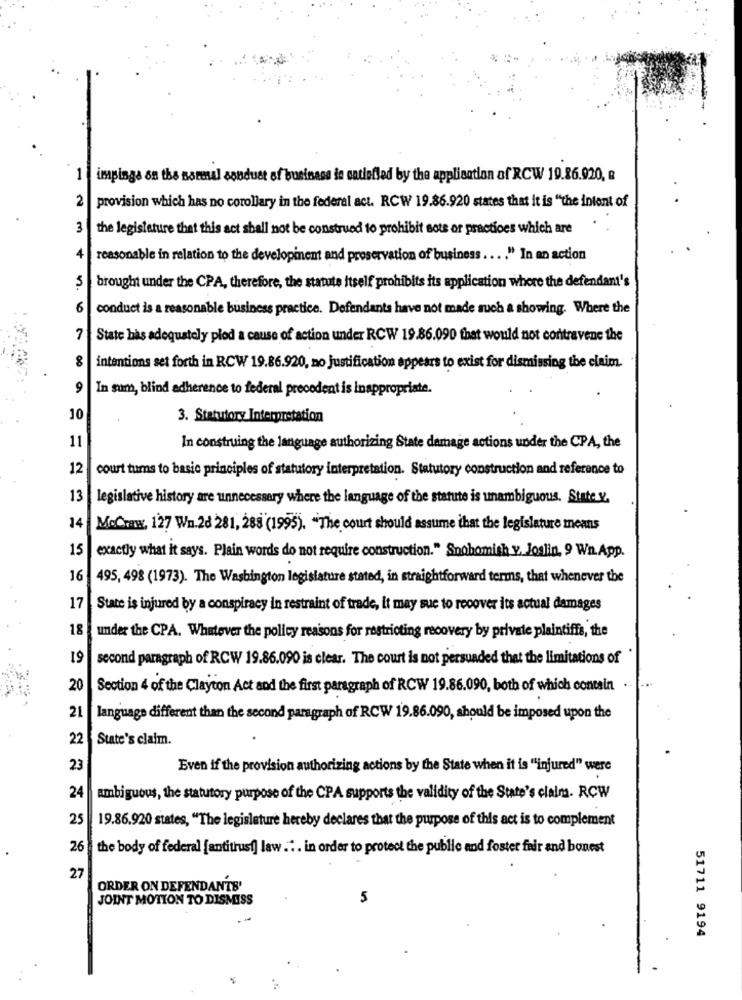
impings on the Boreal sonduet of business in satlefled by the application of RCW 19.26.920, &
2
provision which has no corollary in the federal act. RCW 19.86.920 states that it is "the intent of
3
the legislature that this act shall not be construed to prohibit sote or practices which are
reasonable in relation to the developinent and preservation of business .... " In an action
5
brought under the CPA, therefore, the statute itself prohibits its application where the defendant's
6
conduct is a reasonable business practice. Defendants have not made such a showing. Where the
7
State has adequately plod a cause of action under RCW 19.86.090 that would not contravene the
intentions set forth in RCW 19.86.920, no justification appears to exist for dismissing the claim.
9
In sum, blind adherence to federal precedent is inappropriate.
10
3. Statutory Interpretation
11
In construing the language authorizing State damage actions under the CPA, the
12
court tums to basic principles of statutory interpretation. Statutory construction and reference to
13
legislative history are unnecessary where the language of the statute is unambiguous. State v.
14
McCrew, 127 Wn.28 281, 288 (1995). "The court should assume that the legislature means
15
exactly what it says. Plain words do not require construction." Snohomish y. Joslin, 9 Wn.App.
16
495, 498 (1973). The Washington legislature stated, in straightforward terms, that whenever the
17
State is injured by a conspiracy in restraint of trade, it may sue to recover its actual damages
18
under the CPA. Whatever the policy reasons for restricting recovery by private plaintiffs, the
19
second paragraph of RCW 19.86.090 is clear. The court is not persuaded that the limitations of
20
Section 4 of the Clayton Act and the first paragraph of RCW 19.86.090, both of which contain .
21
language different than the second paragraph of RCW 19.86.090, should be imposed upon the
22
State's claim.
23
Even if the provision authorizing actions by the State when it is "injured" were
24
ambiguous, the statutory purpose of the CPA supports the validity of the State's claim. RCW
25
19.86.920 states, "The legislature hereby declares that the purpose of this act is to complement
26
the body of federal [antitrust] law .. . in order to protect the public and foster fair and bonest
27
ORDER ON DEFENDANTS'
JOINT MOTION TO DISMISS
5
51711 9194